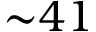
{ \sim } 4 1